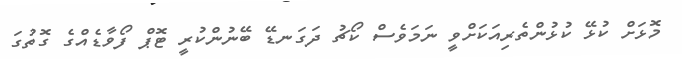
މޮޅަށް ކުޅޭ ކުޅުންތެރިއަކަށްވީ ނަމަވެސް ކޯޗު ދަގަނޑޭ ބޭނުންކުރީ ޓޮޕް ފޯވާޑެއްގެ ގޮތުގަ